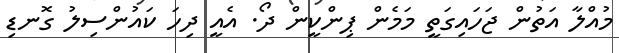
މުއްލާ އަތުން ޖަހައިގަތީ މަމެން ޕިންކީން ދޯ. އެއީ ދިހަ ކައުންސިލު ގޮނޑި